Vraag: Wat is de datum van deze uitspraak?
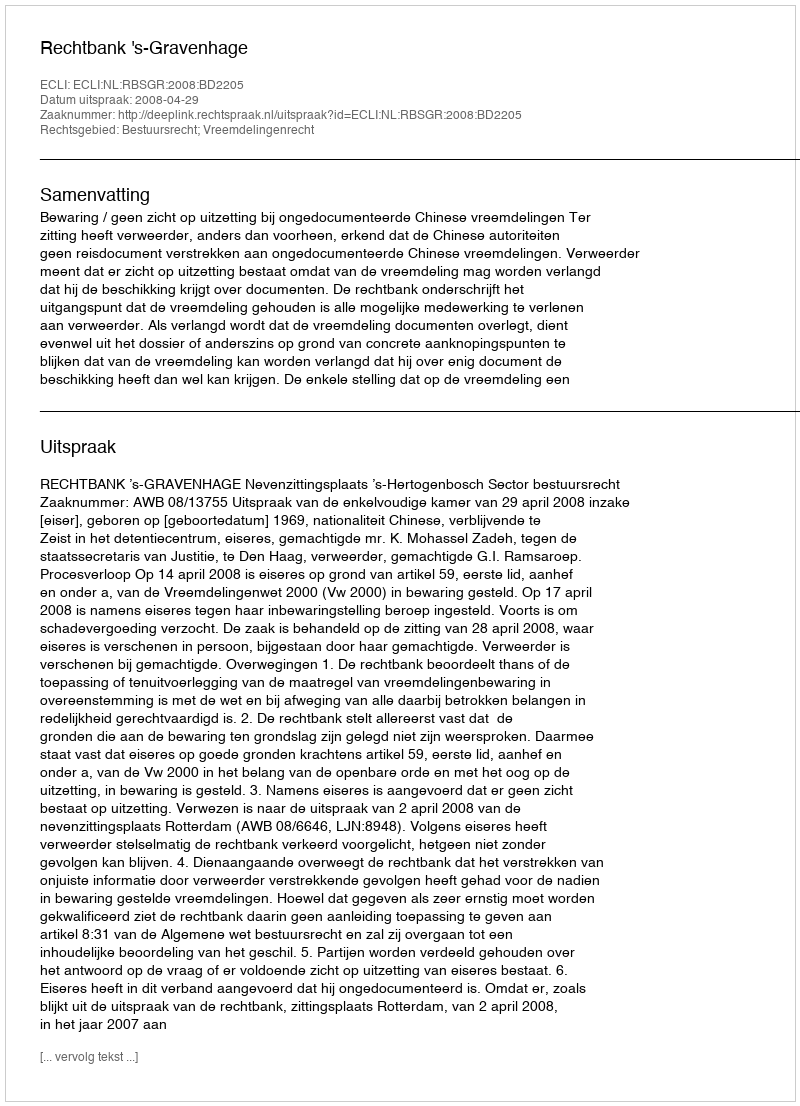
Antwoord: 2008-04-29